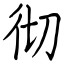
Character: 彻